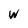
Character: W